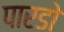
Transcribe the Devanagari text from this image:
पारडो